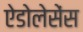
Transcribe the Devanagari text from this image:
ऐडोलेसेंस